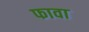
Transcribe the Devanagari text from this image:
फावा